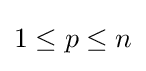
{\begin{matrix}1\leq p\leq n\end{matrix}}